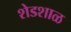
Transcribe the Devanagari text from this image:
शेडशाळ